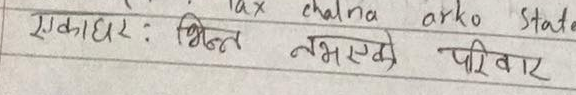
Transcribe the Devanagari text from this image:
एकाधार: भिन्न नभएको परिवार